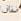
ننال